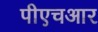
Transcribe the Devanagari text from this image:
पीएचआर